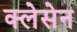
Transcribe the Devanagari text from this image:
क्लेसेन